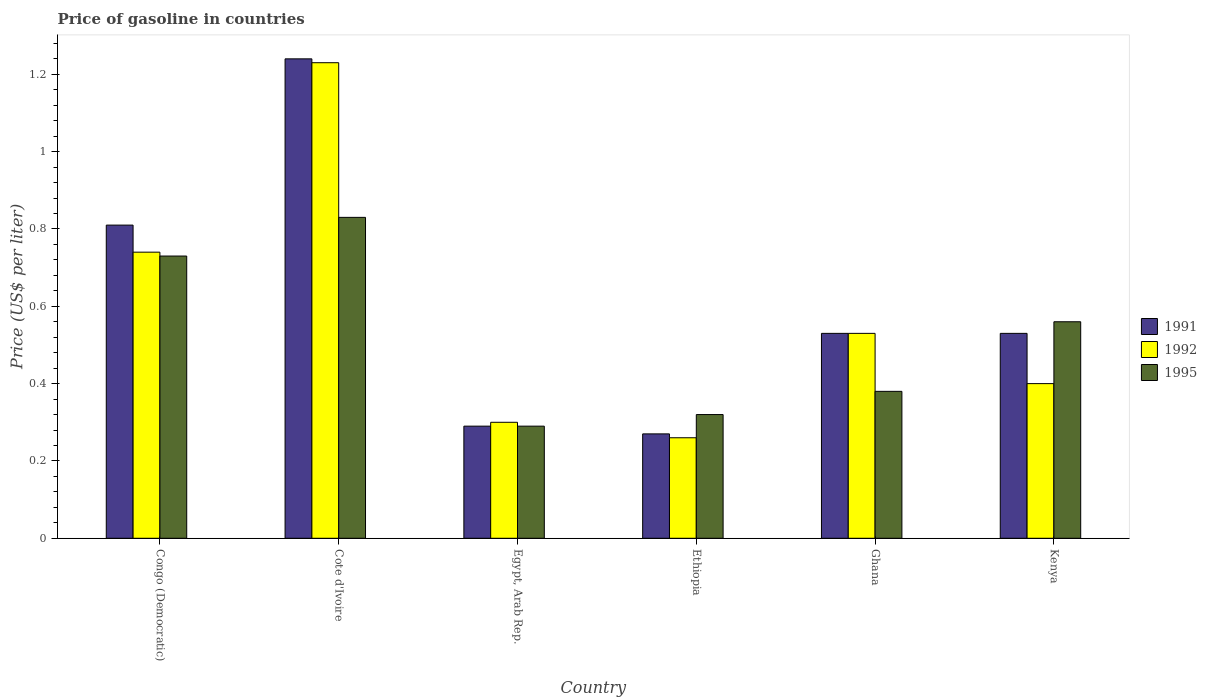
| Country | 1991 | 1992 | 1995 |
 | --- | --- | --- | --- |
 | Congo (Democratic) | 0.81 | 0.74 | 0.73 |
 | Cote d'Ivoire | 1.24 | 1.23 | 0.83 |
 | Egypt, Arab Rep. | 0.29 | 0.3 | 0.29 |
 | Ethiopia | 0.27 | 0.26 | 0.32 |
 | Ghana | 0.53 | 0.53 | 0.38 |
 | Kenya | 0.53 | 0.4 | 0.56 |